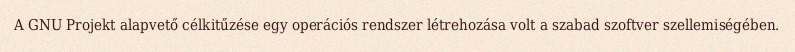
A GNU Projekt alapvető célkitűzése egy operációs rendszer létrehozása volt a szabad szoftver szellemiségében.